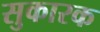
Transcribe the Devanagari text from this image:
सुकारक